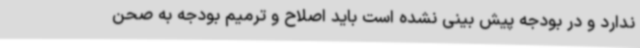
ندارد و در بودجه پیش بینی نشده است باید اصلاح و ترمیم بودجه به صحن